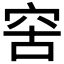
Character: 𥥖